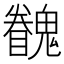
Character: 𩴖